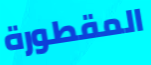
المقطورة